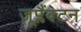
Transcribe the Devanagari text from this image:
ज़ूप्लैंक्टन